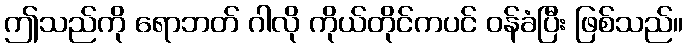
ဤသည်ကို ရောဘတ် ဂါလို ကိုယ်တိုင်ကပင် ဝန်ခံပြီး ဖြစ်သည်။